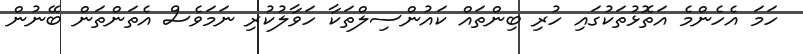
ހަމަ އެހެންމެ އަތޮޅުތަކުގައި ހުރި ބިންތައް ކައުންސިލްތަކާ ހަވާލުކުރި ނަމަވެސް އެތަންތަން ބޭނުން